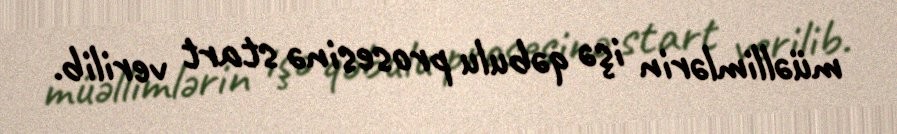
müəllimlərin işə qəbulu prosesinə start verilib.